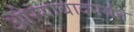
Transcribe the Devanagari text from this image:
औरंगाबादपर्यंत